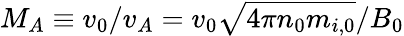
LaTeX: M_{A}\equiv v_{0}/v_{A}=v_{0}\sqrt{4\pi n_{0}m_{i,0}}/B_{0}